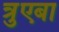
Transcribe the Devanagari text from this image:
त्रुएबा